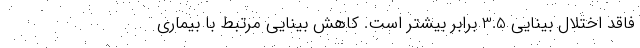
فاقد اختلال بینایی 3.5 برابر بیشتر است. کاهش بینایی مرتبط با بیماری